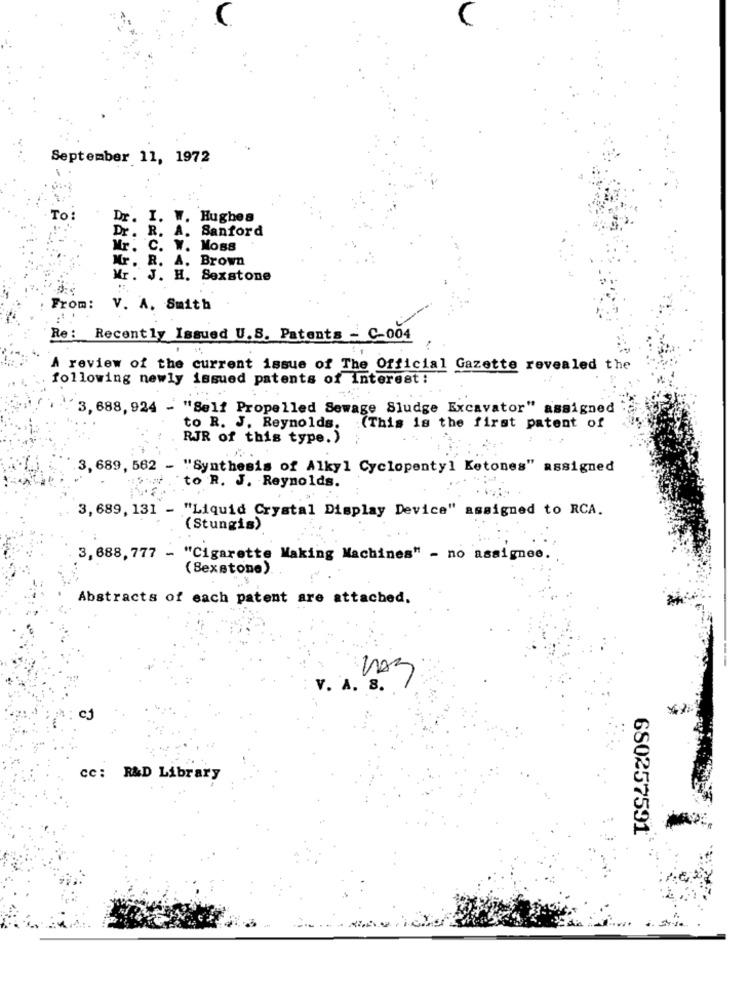
September 11, 1972
To:
Dr. I. W. Hughes
Dr. R. A.
Sanford
Mr.
Moss
Mr. R. A. Brown
Mr. J. H. Sexstone
From: V. A. Smith
Re: Recently Issued U.S. Patents - C-004
A review of the current issue of The Official Gazette revealed the
following newly issued patents of interest :
3,688,924 - "Self Propelled Sewage Sludge Excavator" assigned
to R. J. Reynolds.
(This is the first patent of
RJR of this type.)
3,689, 562 - "Synthesis of Alkyl Cyclopenty] Ketones" assigned
to R. J. Reynolds.
3,689, 131 - "Liquid Crystal Display Device" assigned to RCA.
(Stungis)
3, 688, 777 - "Cigarette Making Machines" - no assignee.
(Sexstone).
Abstracts of each patent are attached.
V. A. 8.
cc: R&D Library
680257591